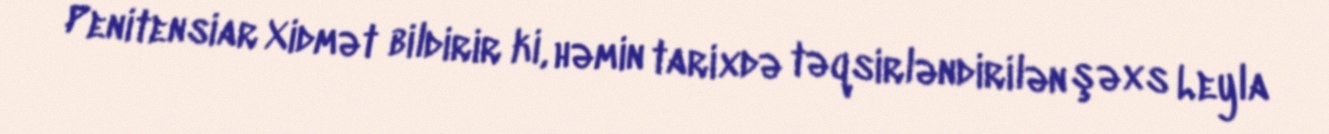
Penitensiar Xidmət bildirir ki, həmin tarixdə təqsirləndirilən şəxs Leyla